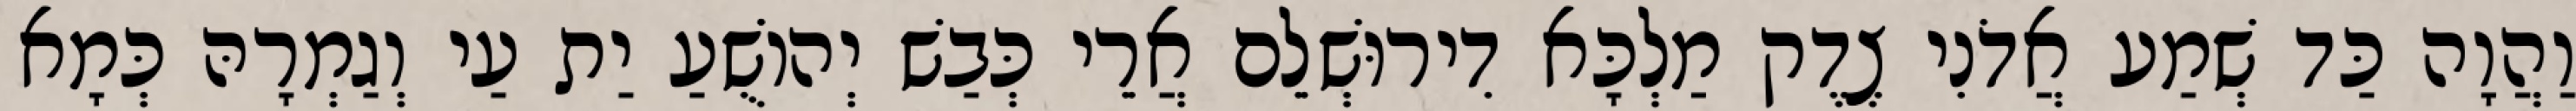
וַהֲוָה כַּד שְׁמַע אֲדֹנִי צֶדֶק מַלְכָּא דִירוּשְׁלֵם אֲרֵי כְּבַשׁ יְהוֹשֻׁעַ יַת עַי וְגַמְרָהּ כְּמָא